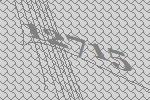
12715